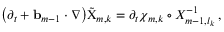
\bigl ( \partial _ { t } + \ensuremath { \mathbf { b } } _ { m - 1 } \cdot \nabla \bigr ) \tilde { \Chi } _ { m , k } = \partial _ { t } { \boldsymbol { \chi } } _ { m , k } \circ X _ { m - 1 , l _ { k } } ^ { - 1 } \, ,